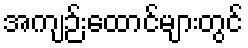
အကျဉ်းထောင်များတွင်